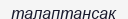
талаптансақ